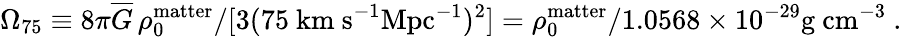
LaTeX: \Omega_{75}\equiv 8\pi\overline{{{G}}}\, \rho_{0}^{\mathrm{matter}}/[3(75\ \mathrm{km~s}^{-1}\mathrm{Mpc}^{-1})^{2}]=\rho_{0}^{\mathrm{matter}}/1.0568\times 10^{-29}\mathrm{g~cm}^{-3}\ .